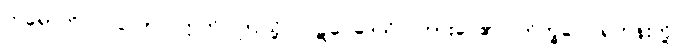
ကရောဟိ၊ ပြုလော။ ဣတိ၊ ဤသို့။ ပဋိဝေဒေသိ၊ ကြားပေ၏။ ဘိက္ခဝေ၊ ရဟန်းတို့။